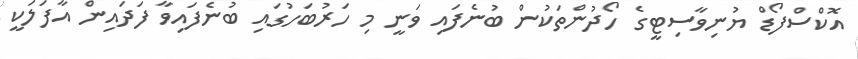
އޮކްސްފޯޑް ޔުނިވާސިޓީގެ ހޯދުންތަކުން ބުނެފައި ވަނީ މި ހަރުބަހުގައި ބުނެފައިވާ ފަދައިން އާފަލަކީ